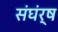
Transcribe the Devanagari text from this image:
संघंर्ष